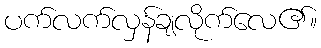
ပက်လက်လှန်ချလိုက်လေ၏။